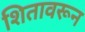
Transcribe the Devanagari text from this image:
शितावरून